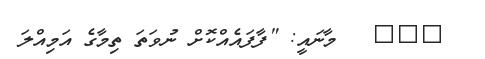
١١٠   މާނައީ: "ފާފައެއްކޮށް ނުވަތަ ތިމާގެ އަމިއްލަ